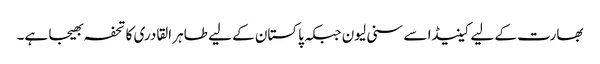
بھارت کے لیے کینیڈا سے سنی لیون جبکہ پاکستان کے لیے طاہر القادری کا تحفہ بھیجا ہے۔